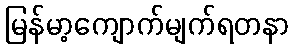
မြန်မာ့ကျောက်မျက်ရတနာ